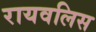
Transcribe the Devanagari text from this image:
रायवलिस